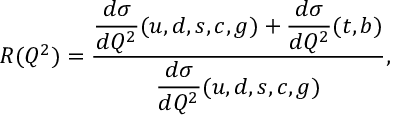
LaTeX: R ( Q ^ { 2 } ) = \frac { \displaystyle \frac { d \sigma } { d Q ^ { 2 } } ( u , d , s , c , g ) + \frac { d \sigma } { d Q ^ { 2 } } ( t , b ) } { \displaystyle \frac { d \sigma } { d Q ^ { 2 } } ( u , d , s , c , g ) } ,